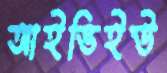
আইভিইউ